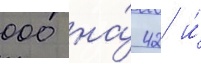
000 на́ 42 и́